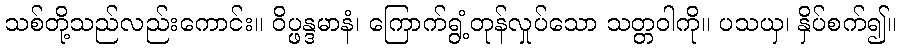
သစ်တို့သည်လည်းကောင်း။ ဝိပ္ဖန္ဒမာနံ၊ ကြောက်ရွံ့တုန်လှုပ်သော သတ္တဝါကို။ ပသယှ၊ နှိပ်စက်၍။